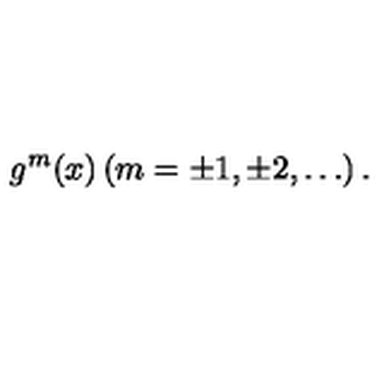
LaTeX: g ^ { m } ( x ) \left( m = \pm 1 , \pm 2 , \ldots \right) .